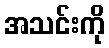
အသင်းကို